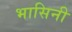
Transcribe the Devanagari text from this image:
भासिनी